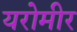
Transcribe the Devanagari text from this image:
यरोमीर